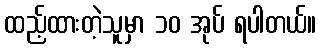
ထည့်ထားတဲ့သူမှာ ၁၀ အုပ် ရပါတယ်။